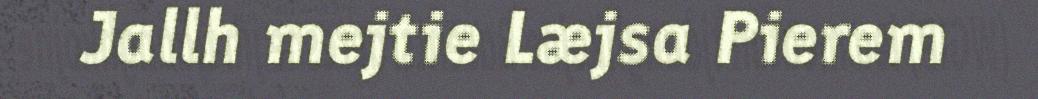
Jallh mejtie Læjsa Pierem